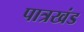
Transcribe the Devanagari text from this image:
पात्रखंड